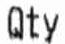
QTY